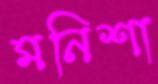
মনিশা